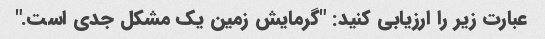
عبارت زیر را ارزیابی کنید: "گرمایش زمین یک مشکل جدی است."